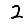
Digit: 2